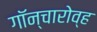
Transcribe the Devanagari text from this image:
गॉन्चारोव्ह